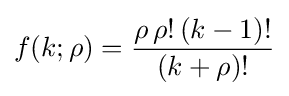
f(k;\rho )={\frac {\rho \,\rho !\,(k-1)!}{(k+\rho )!}}